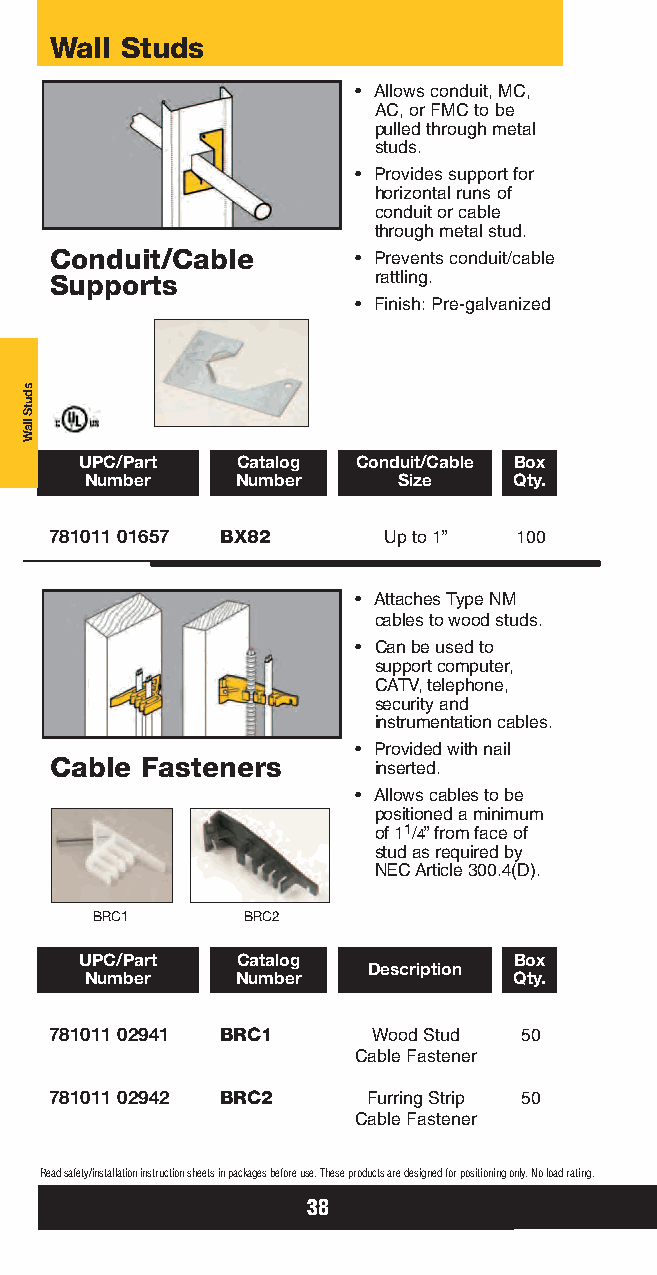
Wall Studs
 • Allows conduit, MC,
 AC, or FMC to be
 pulled through metal
 studs.
 • Provides support for
 horizontal runs of
 conduit or cable
 through metal stud.
 Conduit/Cable       • Prevents conduit/cable
 Supports              rattling.
 • Finish: Pre-galvanized
 UPC/Part   Catalog Conduit/Cable Box
 Number    Number    Size    Qty.
 781011 01657 BX82     Up to 1” 100
 • Attaches Type NM
 cables to wood studs.
 • Can be used to
 support computer,
 CATV, telephone,
 security and
 instrumentation cables.
 • Provided with nail
 Cable Fasteners       inserted.
 • Allows cables to be
 positioned a minimum
 of 11/4” from face of
 stud as required by
 NEC Article 300.4(D).
 BRC1      BRC2
 UPC/Part   Catalog           Box
 Description
 Number    Number            Qty.
 781011 02941 BRC1     Wood Stud 50
 Cable Fastener
 781011 02942 BRC2    Furring Strip 50
 Cable Fastener
 Read safety/installation instruction sheets in packages before use. These products are designed for positioning only. No load rating.
 38
 sdutS
 llaW